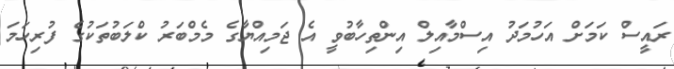
ރައީސް ކަމަށް އަހުމަދު އިސްމާއިލް އިންތިހާބުވީ އެ ޖަމިއްޔާގެ މެމްބަރު ކްލަބުތަކުގެ ފުރިހަމަ